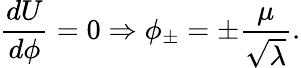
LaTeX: \frac{dU}{d\phi}=0\Rightarrow\phi_{\pm}=\pm\frac{\mu}{\sqrt{\lambda}}.